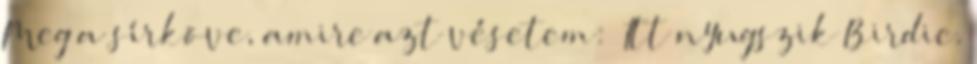
Meg a sírköve, amire azt vésetem: „Itt nyugszik Birdie.